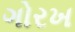
ગોરખ